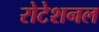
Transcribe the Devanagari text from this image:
रोटेशनल